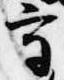
守